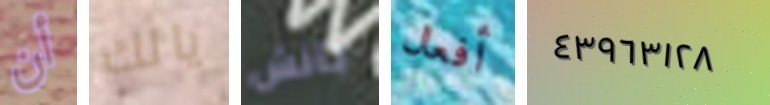
أن يالك بانش أفعال ٤٣٩٦٣١٢٨